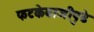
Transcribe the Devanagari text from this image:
फटकेबाजीपुढे